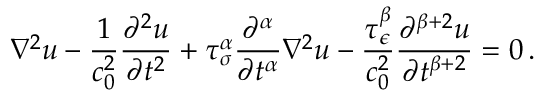
\nabla ^ { 2 } u - { \frac { 1 } { c _ { 0 } ^ { 2 } } } { \frac { \partial ^ { 2 } u } { \partial t ^ { 2 } } } + \tau _ { \sigma } ^ { \alpha } { \frac { \partial ^ { \alpha } } { \partial t ^ { \alpha } } } \nabla ^ { 2 } u - { \frac { \tau _ { \epsilon } ^ { \beta } } { c _ { 0 } ^ { 2 } } } { \frac { \partial ^ { \beta + 2 } u } { \partial t ^ { \beta + 2 } } } = 0 \, .